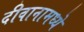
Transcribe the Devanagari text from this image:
दीवानामध्ये